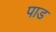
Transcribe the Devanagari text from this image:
पाड